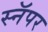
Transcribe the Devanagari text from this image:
स्नॅपर